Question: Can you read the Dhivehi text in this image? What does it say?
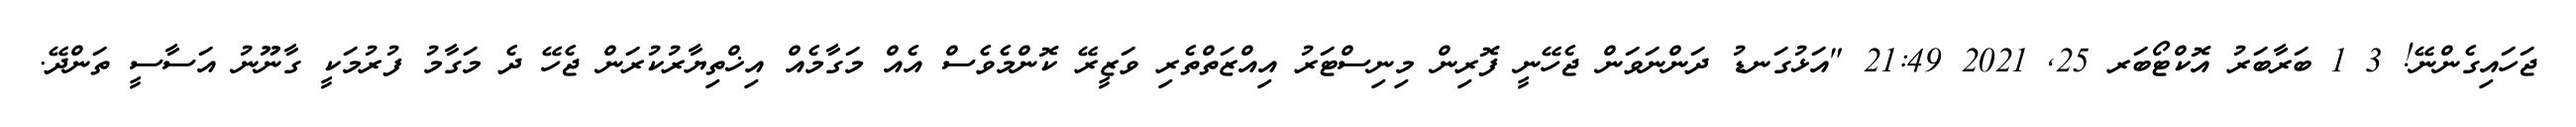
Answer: ޖަހައިގެންނޭ! 3 1 ބަރާބަރު އޮކްޓޯބަރ 25, 2021 21:49 "އަޅުގަނޑު ދަންނަވަން ޖެހޭނީ ފޮރިން މިނިސްޓަރު އިއްޒަތްތެރި ވަޒީރޭ ކޮންމެވެސް އެއް މަގާމެއް އިޚްތިޔާރުކުރަން ޖެހޭ ދެ މަގާމު ފުރުމަކީ ގާނޫނު އަސާސީ ތަންދޭ.